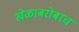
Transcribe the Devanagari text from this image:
खेळाबरोबरच